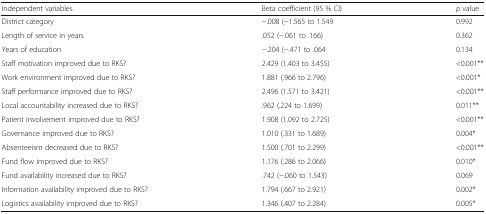
<table><thead><tr><td><b>Independent variables</b></td><td><b>Beta coefficient (95 % CI)</b></td><td><b><i>p</i> value</b></td></tr></thead><tbody><tr><td>District category</td><td>−.008 (−1.565 to 1.549</td><td>0.992</td></tr><tr><td>Length of service in years</td><td>.052 (−.061 to .166)</td><td>0.362</td></tr><tr><td>Years of education</td><td>−.204 (−.471 to .064</td><td>0.134</td></tr><tr><td>Staff motivation improved due to RKS?</td><td>2.429 (1.403 to 3.455)</td><td>&lt;0.001**</td></tr><tr><td>Work environment improved due to RKS?</td><td>1.881 (.966 to 2.796)</td><td>&lt;0.001*</td></tr><tr><td>Staff performance improved due to RKS?</td><td>2.496 (1.571 to 3.421)</td><td>&lt;0.001**</td></tr><tr><td>Local accountability increased due to RKS?</td><td>.962 (.224 to 1.699)</td><td>0.011**</td></tr><tr><td>Patient involvement improved due to RKS?</td><td>1.908 (1.092 to 2.725)</td><td>&lt;0.001**</td></tr><tr><td>Governance improved due to RKS?</td><td>1.010 (.331 to 1.689)</td><td>0.004*</td></tr><tr><td>Absenteeism decreased due to RKS?</td><td>1.500 (.701 to 2.299)</td><td>&lt;0.001**</td></tr><tr><td>Fund flow improved due to RKS?</td><td>1.176 (.286 to 2.066)</td><td>0.010*</td></tr><tr><td>Fund availability increased due to RKS?</td><td>.742 (−.060 to 1.543)</td><td>0.069</td></tr><tr><td>Information availability improved due to RKS?</td><td>1.794 (.667 to 2.921)</td><td>0.002*</td></tr><tr><td>Logistics availability improved due to RKS?</td><td>1.346 (.407 to 2.284)</td><td>0.005*</td></tr></tbody></table>